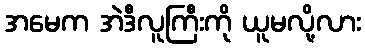
အမေက အဲဒီလူကြီးကို ယူမလို့လား